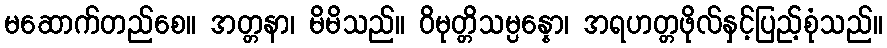
မဆောက်တည်စေ။ အတ္တနာ၊ မိမိသည်။ ဝိမုတ္တိသမ္ပန္နော၊ အရဟတ္တဖိုလ်နှင့်ပြည့်စုံသည်။